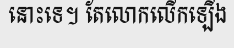
នោះទេ។ តែលោកលើកឡើង